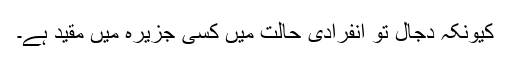
کیونکہ دجال تو انفرادی حالت میں کسی جزیرہ میں مقید ہے۔